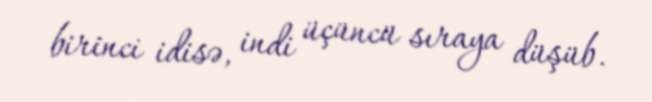
birinci idisə, indi üçüncü sıraya düşüb.